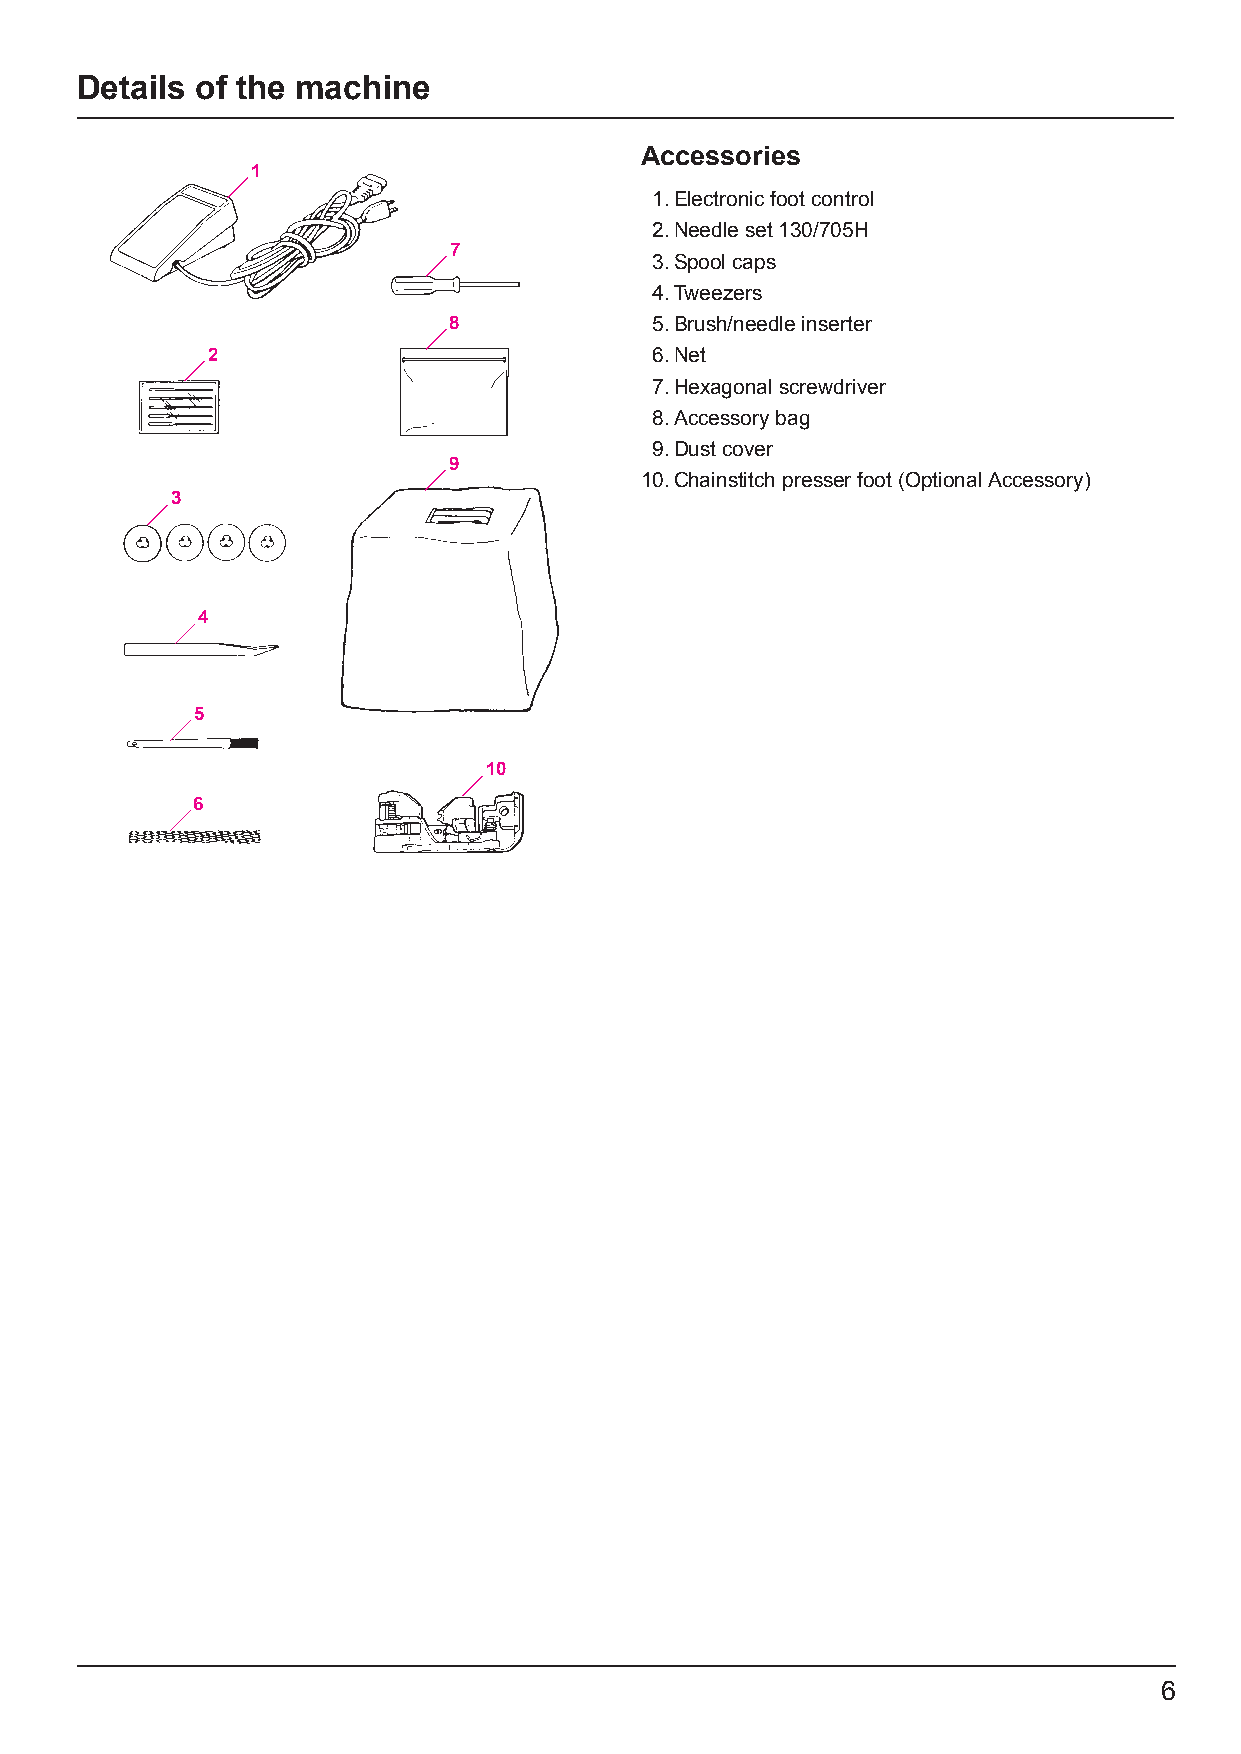
Details of the machine
 Accessories
 1
 1. Electronic foot control
 2. Needle set 130/705H
 7
 3. Spool caps
 4. Tweezers
 8            5. Brush/needle inserter
 2                            6. Net
 7. Hexagonal screwdriver
 8. Accessory bag
 9. Dust cover
 9
 10. Chainstitch presser foot (Optional Accessory)
 3
 4
 5
 10
 6
 6